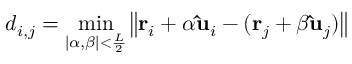
d _ { i , j } = \operatorname* { m i n } _ { \left| \alpha , \beta \right| < \frac { L } { 2 } } \left\| \mathbf { r } _ { i } + \alpha \mathbf { \hat { u } } _ { i } - ( \mathbf { r } _ { j } + \beta \mathbf { \hat { u } } _ { j } ) \right\|